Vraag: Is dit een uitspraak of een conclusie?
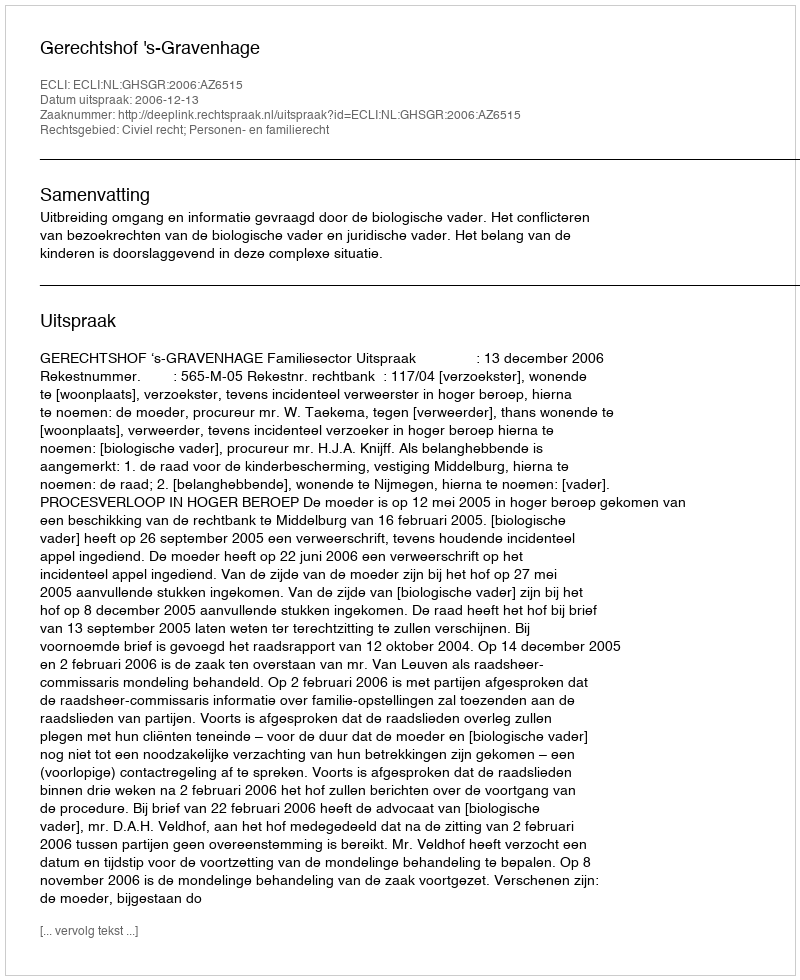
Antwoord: Uitspraak